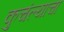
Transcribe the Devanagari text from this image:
कुचंल्याचा